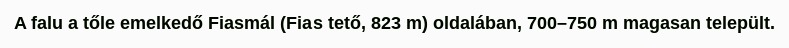
A falu a tőle emelkedő Fiasmál (Fias tető, 823 m) oldalában, 700–750 m magasan települt.